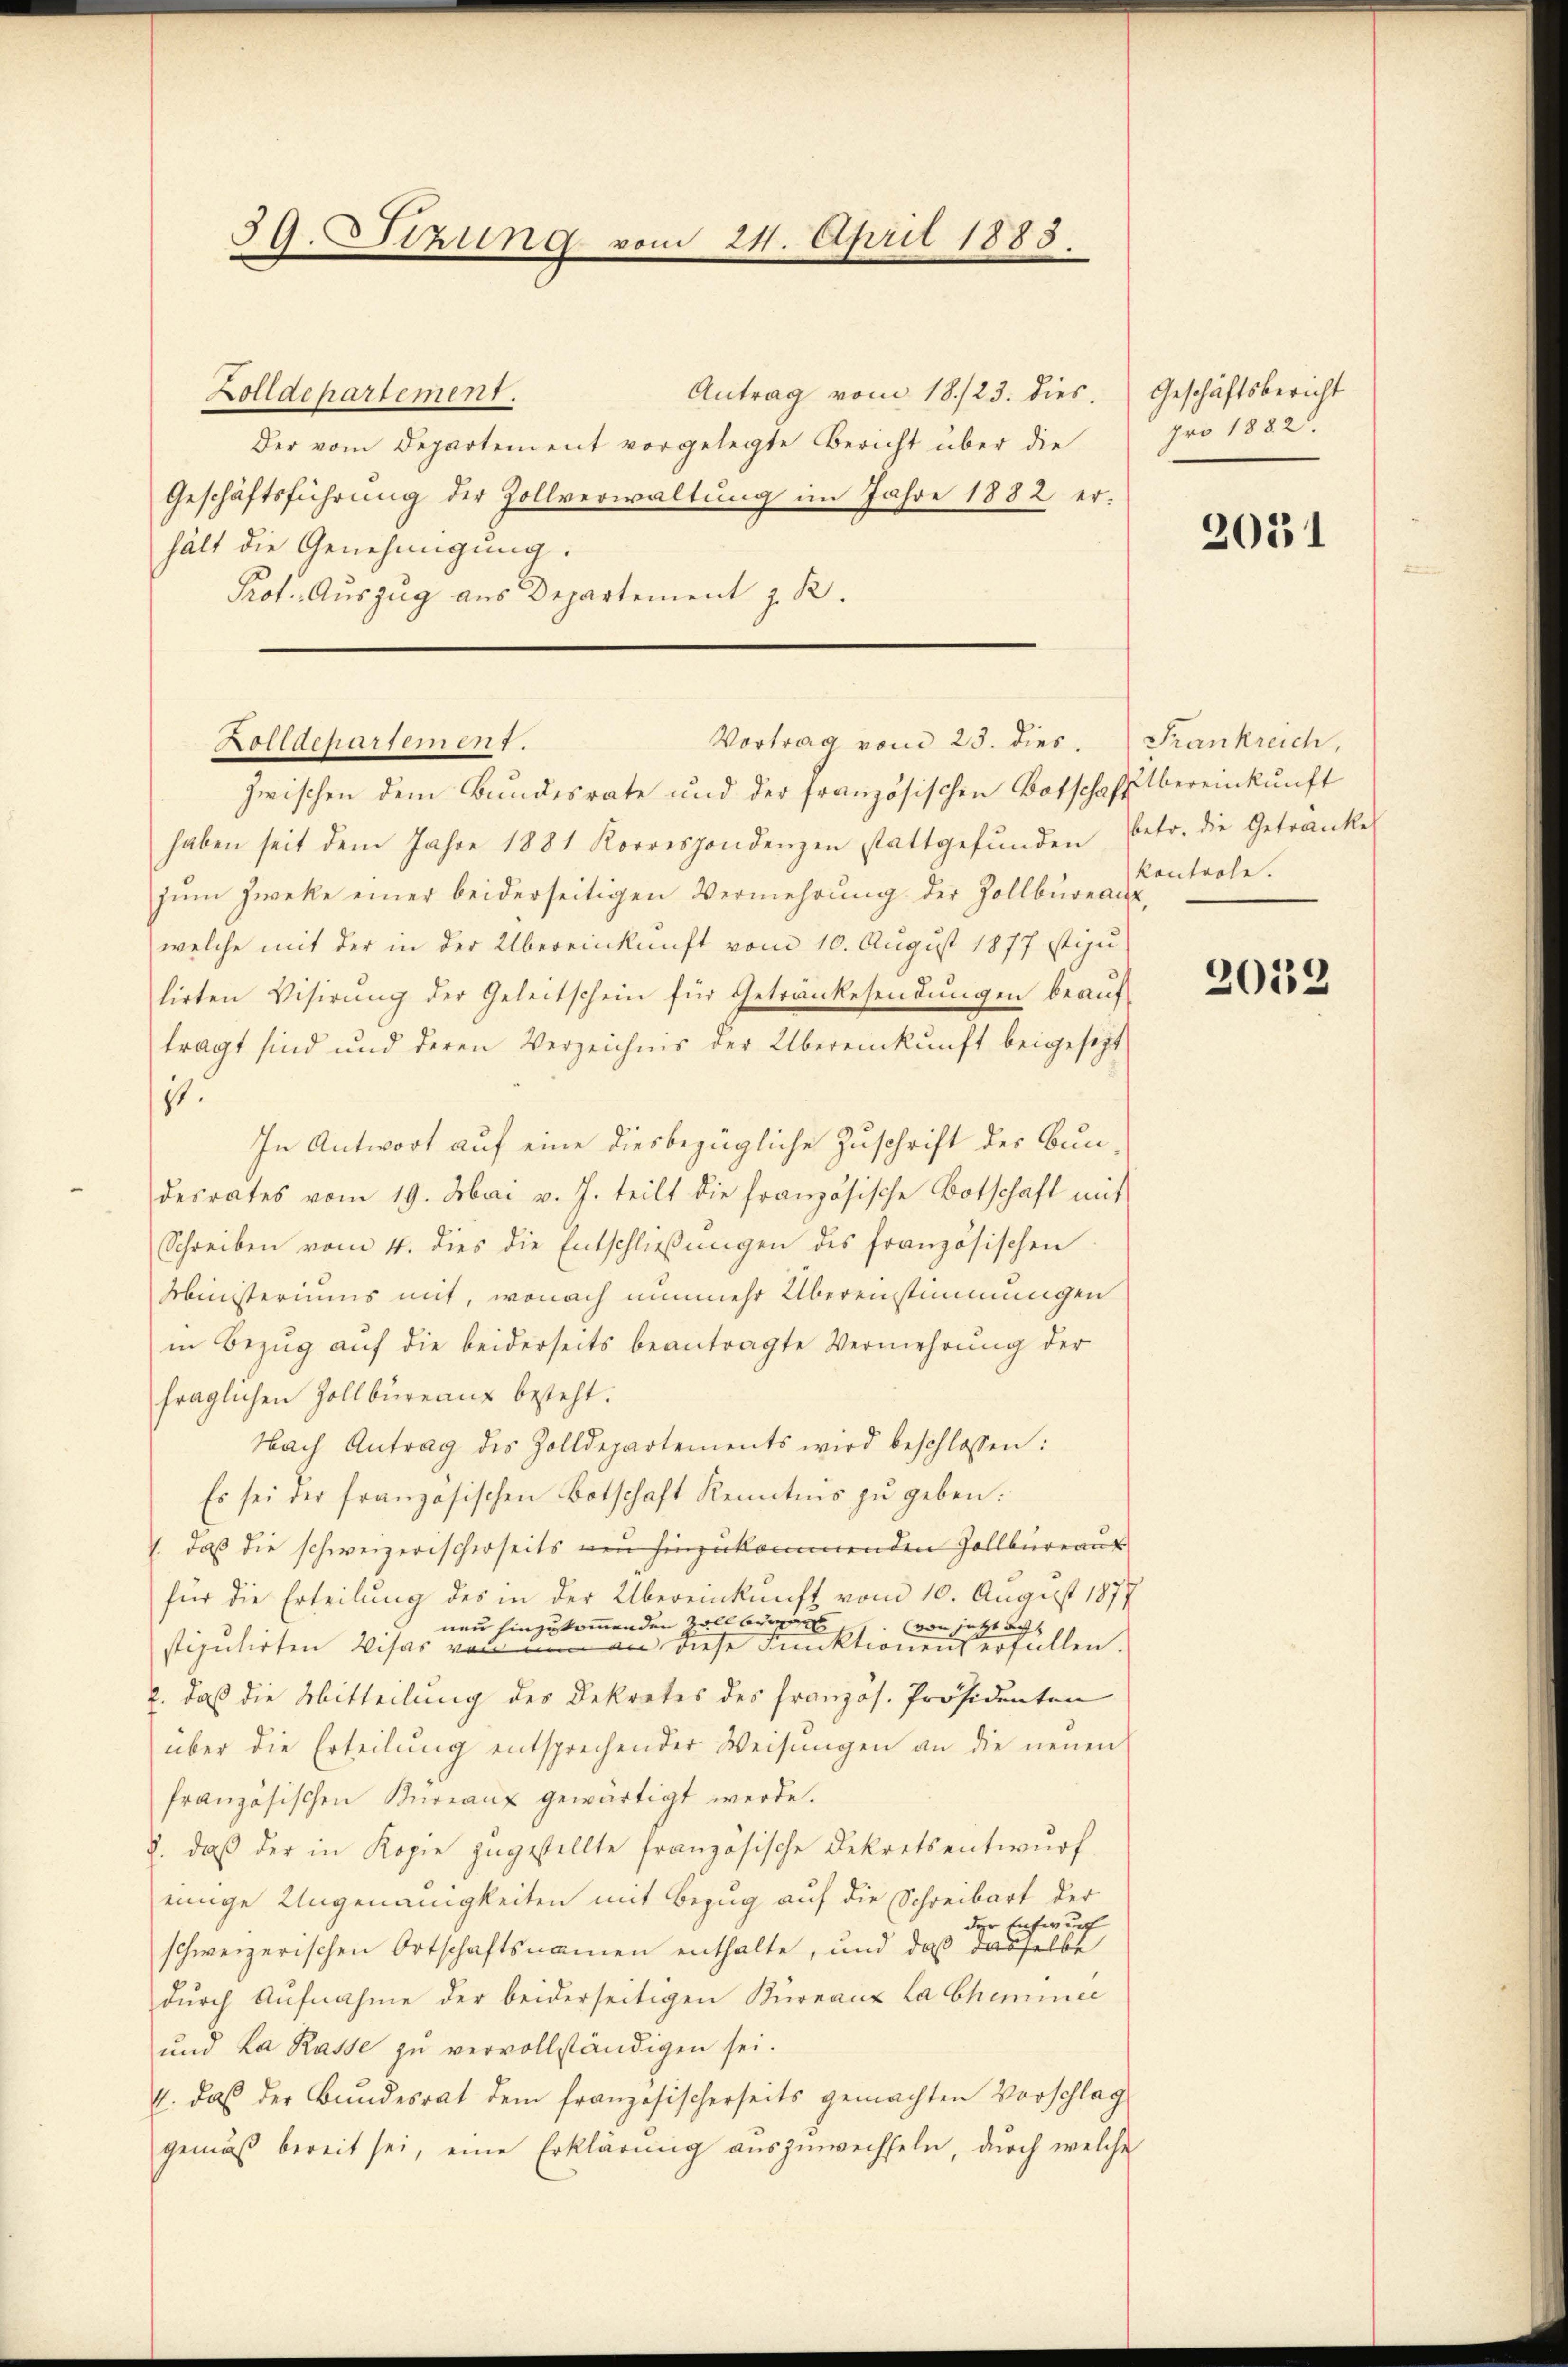
39. Stzung vom 24. April 1883.

Antrag vom 18./23. dies
Zolldepartement.
Der vom Departement vorgelegte Bericht über die
Geschäftsführung der Zollverwaltung im Jahre 1882 erhält die Genehmigung.
Prot. Auszug aus Departement z. B.

Vortrag vom 23. dies. Frankreich,
Zolldepartement.

zwischen dem Bundesrate und der französischen Botschaftsbereinkunft
haben seit dem Jahre 1881 Korrespondenzen stattgefŭnden, betr. die Getränke
zŭm Zwecke einer beiderseitigen Vermehrŭng der Zollbüreau,
welche mit der in der Übereinkunft vom 10. August 1877 stipu
lirten Visirung der Geleitschein für Getränkesendungen beauftragt sind und deren Verzeichnis der Übereinkunft beigesetzt
8.
In Antwort auf eine diesbezügliche Zuschrift des Bundesrates vom 19. Mai v. J. teilt die französische Botschaft mit
Schreiben vom 4. dies die Entschlieβŭngen des französischen
Ministeriums mit, wonach nunmehr Überenstimmungen
in Bezug auf die beiderseits beantragte Vermehrung der
fraglichen Zollbüreaus besteht.
Nach Antrag des Zolldepartements wird beschlossen:
Es sei der französischen Botschaft Kenntnis zŭ geben:
7. daß die schweizerischerseits neu hinzukommenden Zollbüreaus
für die Erteilung des in der Übereinkunft vom 10. August 1877
neu hinzukommenden Zollberg von jetzt au
stipulirten Visas von um an diese Funktionens erfüllen.
l. daß die Mitteilung des Dekretes des französ. Präsidenten
über die Erteilŭng entsprechender Weisŭngen an die neuen
französischen Bureaux gewärtigt werde.
8. daβ der in Kopie zŭgestellte französische Dekretsentwŭrf
einige Ungenauigkeiten mit Bezug auf die Schreibart der
Entwurf
schweizerischen Ortschaftsnamen enthalte, und daß dasselbe
durch Aufnahme der beiderseitigen Büreaux La Cheminer
und La Rasse zu vervollständigen sei.
4. das der Bundesrat dem französischerseits gemachten Vorschlag
gemäß bereit sei, eine Erklärung auszuwechseln, durch welche

Geschäftsbericht
pro 1882.

2031

kontrole.

2052